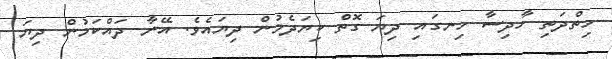
ހިތްދަތި ހާދިސާ ހިނގައި ދިޔަ ގޮތް ކިޔަދެމުން ދިޔައެވެ. އޭނާ ދައްކަމުން ދިޔަ